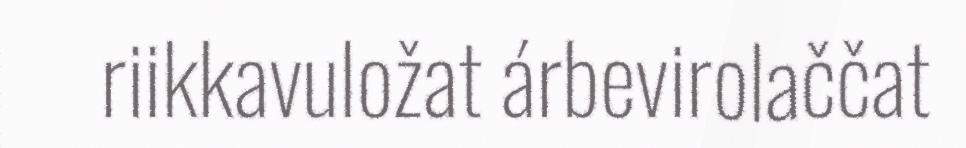
riikkavuložat árbevirolaččat